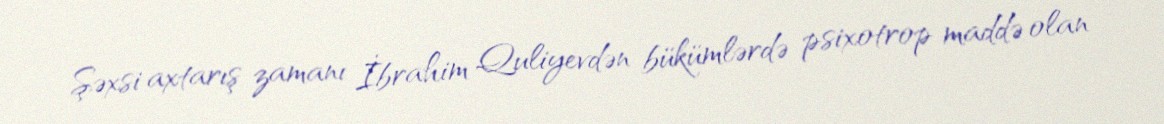
Şəxsi axtarış zamanı İbrahim Quliyevdən bükümlərdə psixotrop maddə olan